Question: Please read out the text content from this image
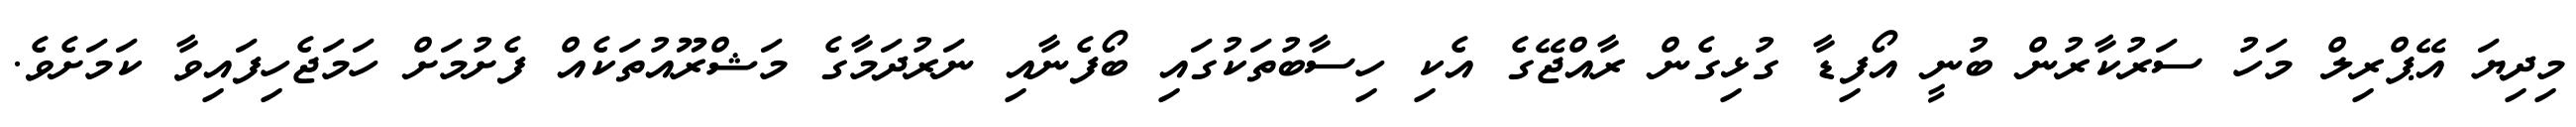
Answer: މިދިޔަ އޭޕްރިލް މަހު ސަރުކާރުން ބުނީ އޯފިޑާ ގުޅިގެން ރާއްޖޭގެ އެކި ހިސާބުތަކުގައި ބޯފެނާއި ނަރުދަމާގެ މަޝްރޫއުތަކެއް ފެށުމަށް ހަމަޖެހިފައިވާ ކަމަށެވެ.